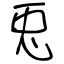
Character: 兎